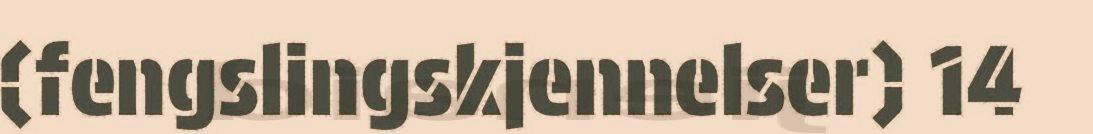
(fengslingskjennelser) 14